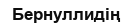
Бернуллидің